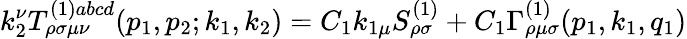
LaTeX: k_{2}^{\nu}T_{\rho\sigma\mu\nu}^{(1)abcd}(p_{1},p_{2};k_{1},k_{2})=C_{1}k_{1\mu}S_{\rho\sigma}^{(1)}+C_{1}\Gamma_{\rho\mu\sigma}^{(1)}(p_{1},k_{1},q_{1})